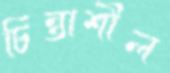
চিন্তাশীল